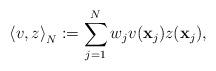
LaTeX: \begin{align*}\left<v,z\right>_{N}:=\sum_{j=1}^Nw_jv(\mathbf{x}_j)z(\mathbf{x}_j),\end{align*}